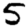
Digit: 5